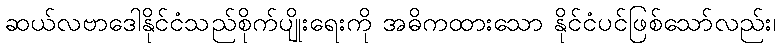
ဆယ်လဗာဒေါနိုင်ငံသည်စိုက်ပျိုးရေးကို အဓိကထားသော နိုင်ငံပင်ဖြစ်သော်လည်း၊